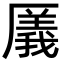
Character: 㕒